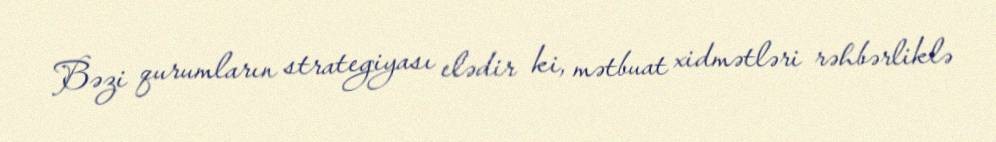
Bəzi qurumların strategiyası elədir ki, mətbuat xidmətləri rəhbərliklə